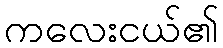
ကလေးငယ်၏